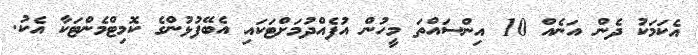
އެކަމަކު ދެން އަނެއް 10 އިންސައްތަ މީހުން އުފެއްދުމަށްޓަކައި އެބޭފުޅުންގެ ކޮމިޓްމެންޓަކާ އެކު.